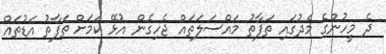
ދެ މީހުންގެ މެދުގައި ތަފާތު މައްސަލަތައް ޖެހިގެން އުޅޭ ކަމަށް ތަފާތު އަޑުތައް